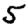
Digit: 5